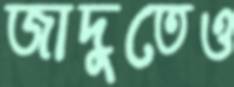
জাদুতেও